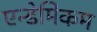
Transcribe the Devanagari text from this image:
एन्डेमिकम